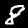
Label: 8